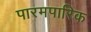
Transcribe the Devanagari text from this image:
पारमपारिक